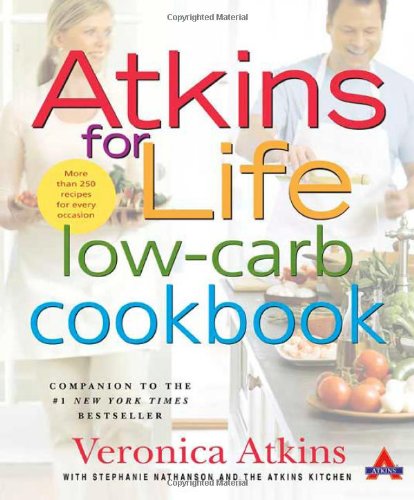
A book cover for Atkins for Life Low-Carb Cookbook: More than 250 Recipes for Every Occasion; Veronica Atkins; Health, Fitness & Dieting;